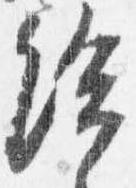
給